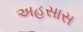
અહસાસ